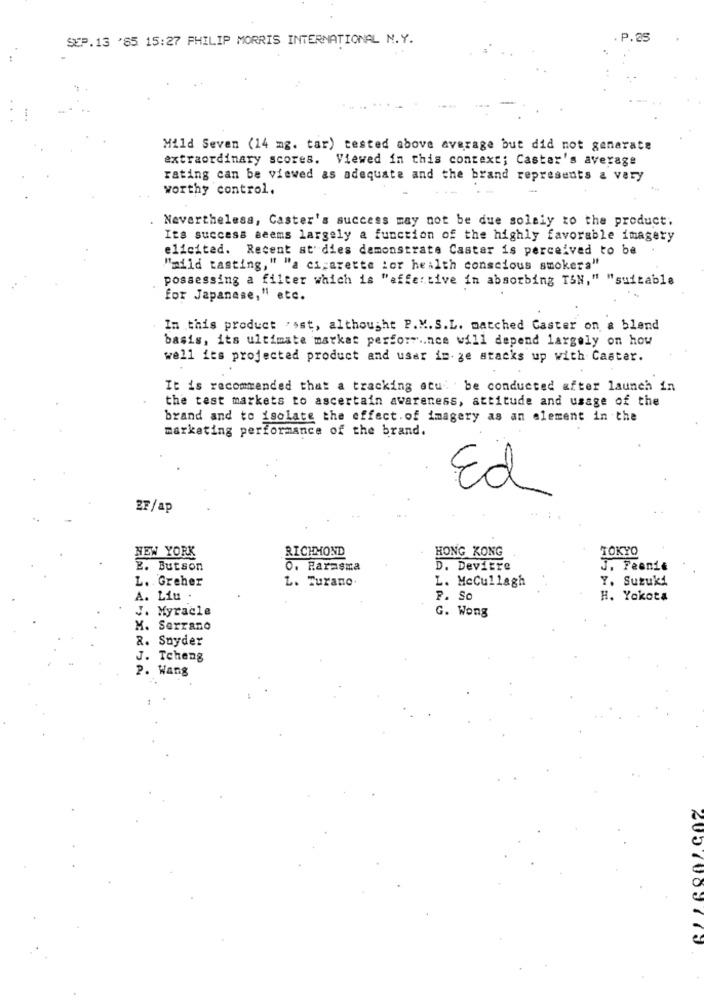
SEP.13 '85 15:27 PHILIP MORRIS INTERNATIONAL N.Y.
. P.25
Mild Seven (14 mg. tar) tested above average but did not generate
extraordinary scores. Viewed in this context; Castar's average
rating can be viewed as adequate and the brand represents a very
worthy control.
Nevertheless, Caster's success may not be due solely to the product.
Its success seems largely a function of the highly favorable imagery
elicited. Recent studies demonstrate Caster is perceived to be
"mild tasting," "a cigarette ior health conscious smokera"
possessing a filter which is "affer tive in absorbing TSN," "suitable
for Japanese," etc.
In this product . ost, althought P.M. S.L. matched Caster on a blend
basis, its ultimate market perform .. nce will depend largely on how
well its projected product and user im- ge stacks up with Caster.
It is recommended that a tracking atui . be conducted after launch in
the test markets to ascertain awareness, attitude and usage of the
brand and to isolate the effect. of imagery as an element in the
marketing performance of the brand.
Ed
2F/ap
NEW YORK
RICHMOND
HONG KONG
TOKYO
2. Butson
0. Farmsma
D. Devitre
J. Feanie
L. Greher
L. Turano
Y. Suzuki
L. McCullagh
A. Liu .
P. So
H. Yokota
J. Myracle
G. Wong
M. Serrano
R. Snyder
J. Tcheng
P. Wang